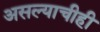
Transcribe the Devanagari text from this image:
असल्याचीही